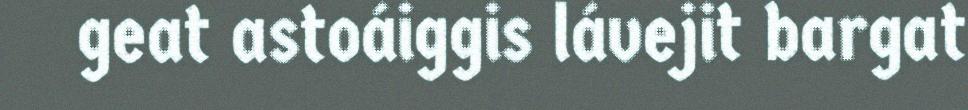
geat astoáiggis lávejit bargat